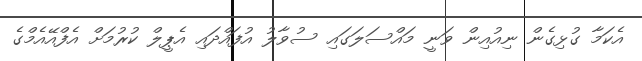
އެކަމާ ގުޅިގެން ނިއުއިން ވަނީ މައްސަލަގައި ސުވާލު އުފައްދައި އެޕީލް ކުރުމަށް އެފްއޭއެމްގެ